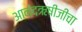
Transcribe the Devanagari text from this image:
आनंदऋषीजीचा